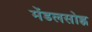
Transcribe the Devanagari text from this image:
मेंडलसोह्न